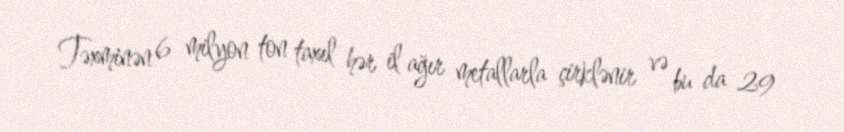
Təxminən 6 milyon ton taxıl hər il ağır metallarla çirklənir və bu da 29